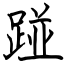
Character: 踫